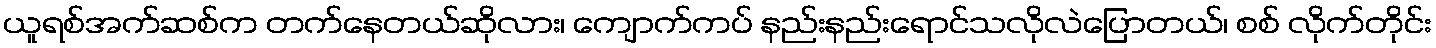
ယူရစ်အက်ဆစ်က တက်နေတယ်ဆိုလား၊ ကျောက်ကပ် နည်းနည်းရောင်သလိုလဲပြောတယ်၊ စစ် လိုက်တိုင်း